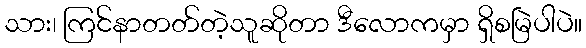
သား၊ ကြင်နာတတ်တဲ့သူဆိုတာ ဒီလောကမှာ ရှိစမြဲပါပဲ။